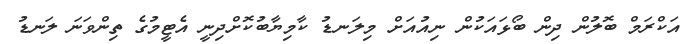
އަކްރަމް ބޮލުން ދިން ބޯޅައަކުން ނިއުއަށް މިލަނޑު ކާމިޔާބުކޮށްދިނީ އެޓީމުގެ ތިންވަނަ ލަނޑު